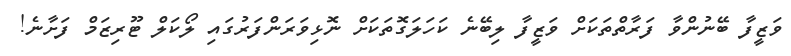
ވަޒީފާ ބޭނުންވާ ފަރާތްތަކަށް ވަޒީފާ ލިބޭނެ ކަހަލަގޮތަކަށް ނޮޅިވަރަންފަރުގައި ލޯކަލް ޓޫރިޒަމް ފަށާނެ!